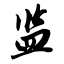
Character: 监